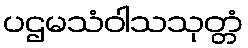
ပဌမသံဝါသသုတ္တံ